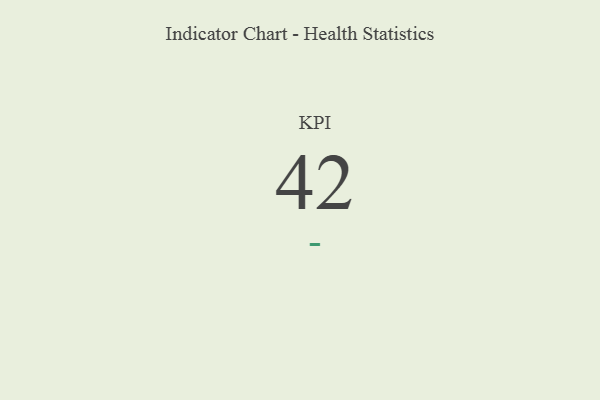
{"axis": {"x": "KPI", "y": "Value"}, "legend": [""], "data": [{"x": "KPI", "y": 42, "type": ""}]}